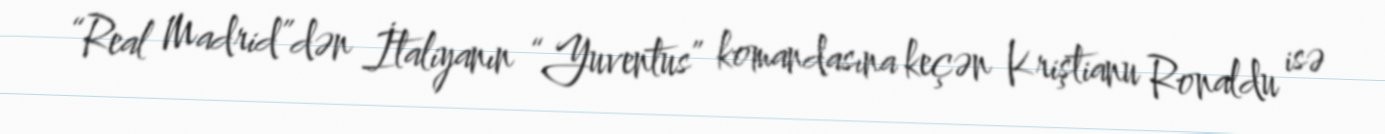
“Real Madrid”dən İtaliyanın “Yuventus” komandasına keçən Kriştianu Ronaldu isə